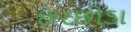
છરછોડા